Lunatic asylums Central Provinces reports 1886-1894 - 1886-1894
Year: 1886
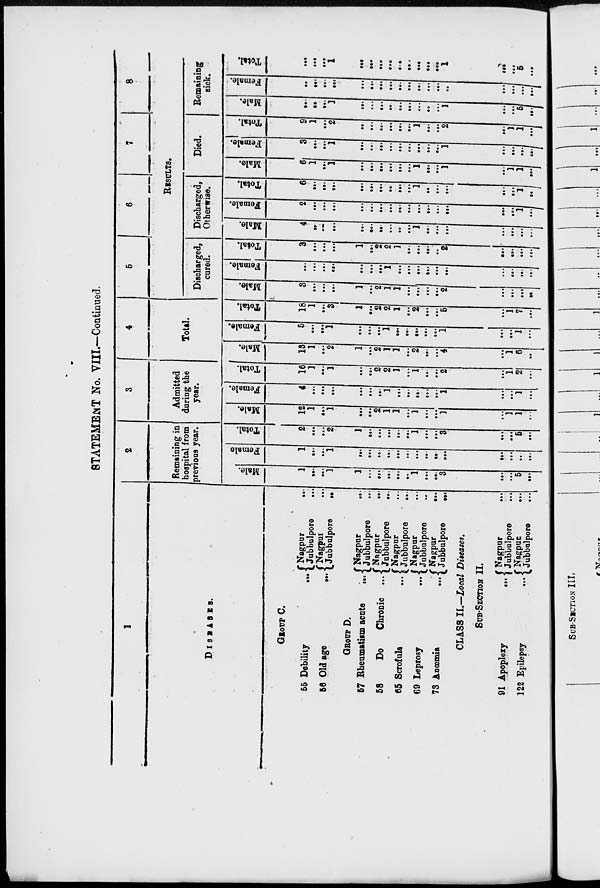
STATEMENT No. VIII.—Continued.
1
DISEASES.
GROUP C.
55
Debility
...
56 Old age
...
Nagpur
...
Jubbulpore
...
Nagpur ...
Jubbulpore
...
GROUP D.
57 Rheumatism acute
...
58
Do
Chronic
...
65 Scrofula ...
69 Leprosy ...
73 Anœmia
...
Nagpur ...
Jubbulpore ...
Nagpur
...
Jubbulpore
...
Nagpur ...
Jubbulpore
...
Nagpur ...
Jubbulpore ...
Nagpur
...
Jubbulpore
...
CLASS II.—Local Diseases.
SUB-SECTION II.
91 Apoplexy
...
122 Epilepsy
...
Nagpur ...
Jubbulpore
...
Nagpur ...
Jubbulpore
...
2
Remaining in
hospital from
previous year.
Male.
1
...
...
1
1
...
...
...
...
...
1
...
...
3
...
...
5
...
Female
1
...
...
1
...
...
...
...
...
...
...
...
...
...
...
...
...
...
Total.
2
...
...
2
1
...
...
...
...
...
1
...
...
3
...
...
5
...
3
Admitted
during the
year.
Male.
12
1
...
1
...
...
2
1
1
...
1
...
...
1
...
1
1
...
Female.
4
...
...
...
...
...
...
1
...
...
...
...
...
1
...
...
1
...
Total.
16
1
...
1
...
...
2
2
1
...
1
...
...
2
...
1
2
...
4
Total.
Male.
13
1
...
2
1
...
2
1
1
...
2
...
...
4
...
1
6
...
Female.
5
...
...
1
...
...
...
1
...
...
...
...
...
1
...
...
1
...
Total.
18
1
...
3
1
...
2
2
1
...
2
...
...
5
...
1
7
...
5
6
7
8
RESULTS.
Discharged,
cured.
Male.
3
...
...
...
1
...
2
1
1
...
...
...
...
2
...
...
...
...
Female.
...
...
...
...
...
...
...
1
...
...
...
...
...
...
...
...
...
...
Total.
3
...
...
...
1
...
2
2
1
...
...
...
...
2
...
...
...
...
Discharged,
Otherwise.
Male.
4
...
...
...
...
...
...
...
...
...
1
...
...
...
...
...
...
...
Female.
2
...
...
...
...
...
...
...
...
...
...
...
...
...
...
...
1
...
Total.
6
...
...
...
...
...
...
...
...
...
1
...
...
...
...
...
1
...
Died.
Male.
6
1
...
1
...
...
...
...
...
...
1
...
...
1
...
1
1
...
Female.
3
...
...
1
...
...
...
...
...
...
...
...
...
1
...
...
...
...
Total.
9
1
...
2
...
...
...
...
...
...
1
...
...
2
...
1
1
...
Remaining
sick.
Male.
...
...
...
1
...
...
...
...
...
...
...
...
...
1
...
...
5
...
Female.
...
...
...
...
...
...
...
...
...
...
...
...
...
...
...
...
...
...
Total.
...
...
...
1
...
...
...
...
...
...
...
...
...
1
...
...
5
...